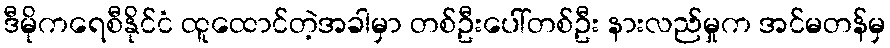
ဒီမိုကရေစီနိုင်ငံ ထူထောင်တဲ့အခါမှာ တစ်ဦးပေါ်တစ်ဦး နားလည်မှုက အင်မတန်မှ